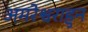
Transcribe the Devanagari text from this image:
अमरेश्वराहुन